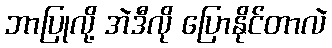
ဘာပြုလို့ အဲဒီလို ပြောနိုင်တာလဲ